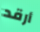
أرقد